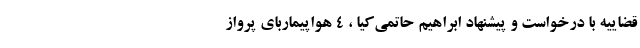
قضاییه با درخواست و پیشنهاد ابراهیم حاتمی‌کیا ، ۴ هواپیماربای پرواز